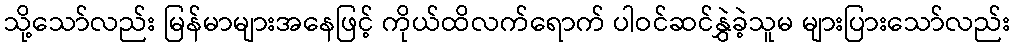
သို့သော်လည်း မြန်မာများအနေဖြင့် ကိုယ်ထိလက်ရောက် ပါဝင်ဆင်နွှဲခဲ့သူမ များပြားသော်လည်း